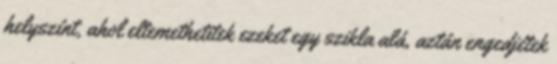
helyszínt, ahol eltemethetitek ezeket egy szikla alá, aztán engedjétek